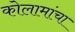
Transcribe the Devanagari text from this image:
कोलामांचा